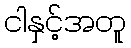
ငါနှင့်အတူ